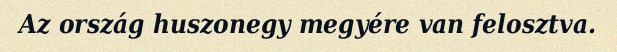
Az ország huszonegy megyére van felosztva.